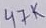
Text: 47K